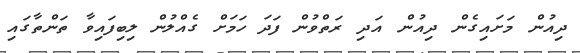
ދިއުން މަށައިގެން ދިއުން އަދި ރަތްވުން ފަދަ ހަމަށް ގެއްލުން ލިބިފައިވާ ތަންތާގައި